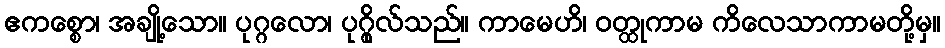
ဧကစ္စော၊ အချို့သော။ ပုဂ္ဂလော၊ ပုဂ္ဂိုလ်သည်။ ကာမေဟိ၊ ဝတ္ထုကာမ ကိလေသာကာမတို့မှ။